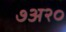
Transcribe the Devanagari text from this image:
७अ२०